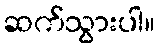
ဆက်သွားပါ။